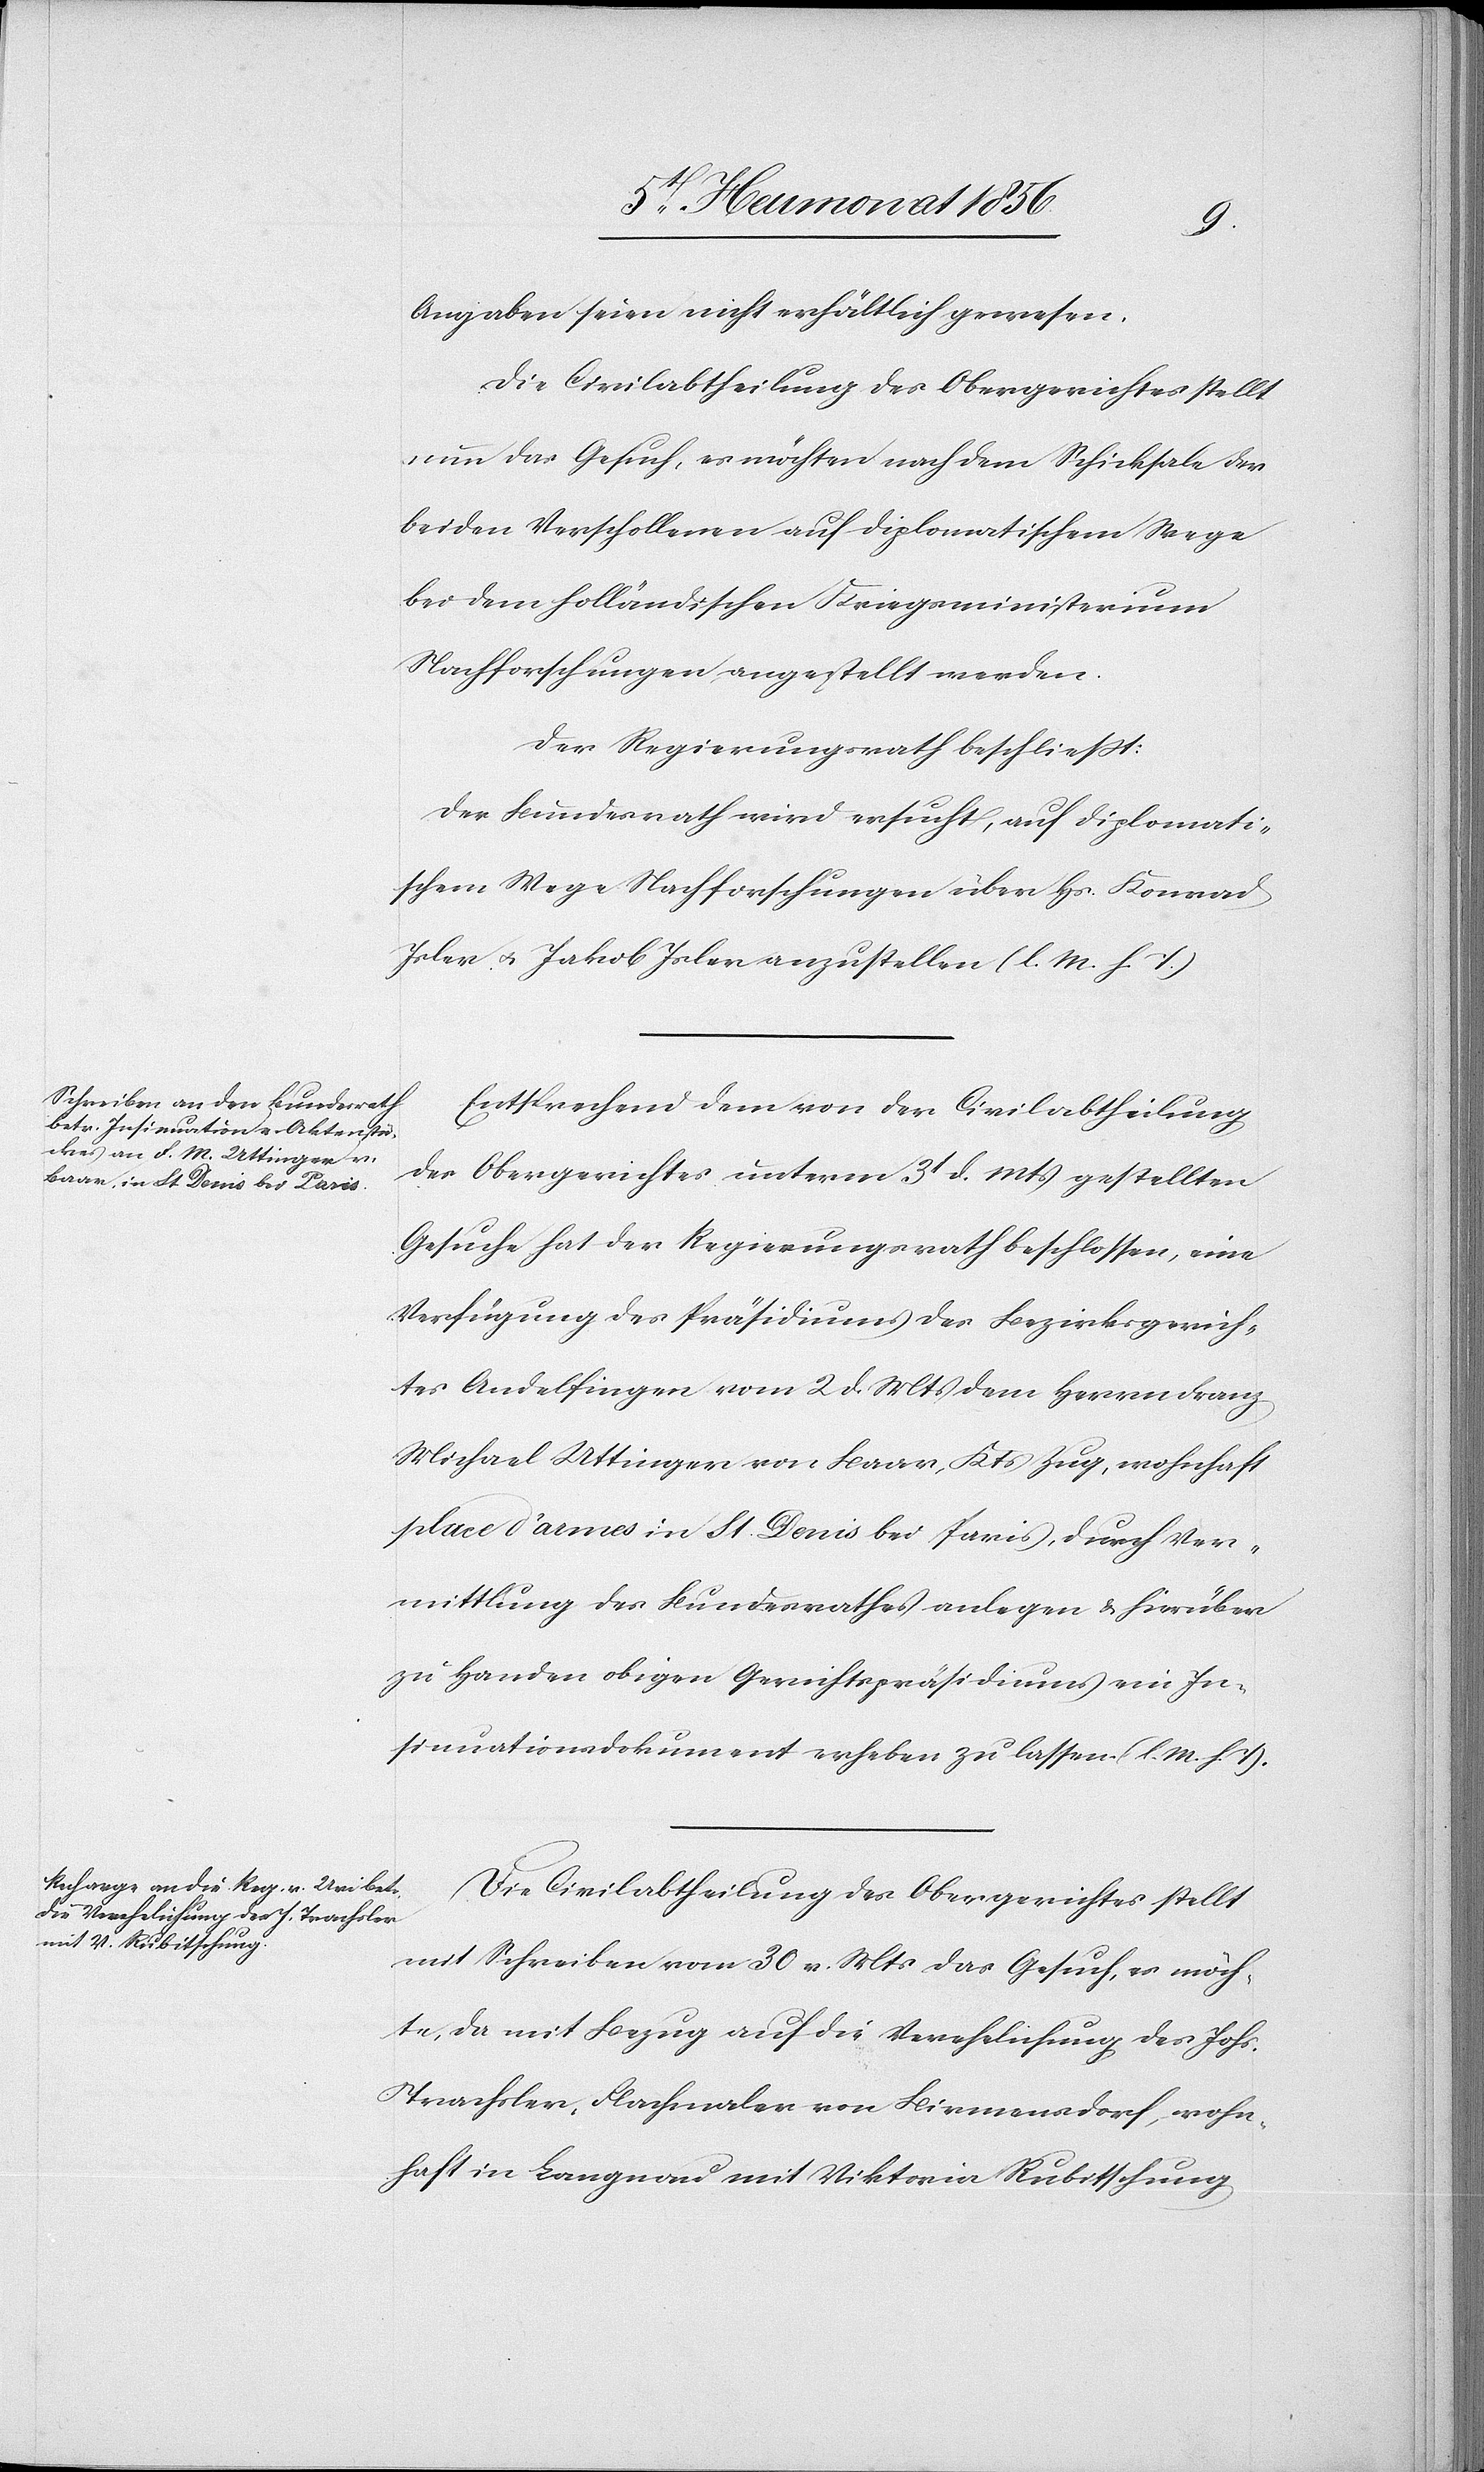
Angaben seien nicht erhältlich gewesen.
Die Civilabtheilung des Obergerichtes stellt
nun das Gesuch, es möchten nach dem Schicksale der
beiden Verschollenen auf diplomatischem Wege
bei dem holländischen Kriegsministerium
Nachforschungen angestellt werden.
Der Regierungsrath beschliesst:
Der Bundesrath wird ersucht, auf diplomati¬
schem Wege Nachforschungen über Hs. Konrad
Isler u. Jakob Isler anzustellen (l. M. h. T.)
Entsprechend dem von der Civilabtheilung
des Obergerichtes unterm 3t d. Mts gestellten
Gesuche hat der Regierungsrath beschlossen, eine
Verfügung des Präsidiums des Bezirksgerich¬
tes Andelfingen vom 2 d. Mts dem Herrn Franz
Michael Uttinger von Baar, Kts Zug, wohnhaft
place d'armes in St. Denis bei Paris, durch Ver¬
mittlung des Bundesrathes anlegen & hierüber
zu Handen obigen Gerichtspräsidiums ein In¬
sinuationsdokument erheben zu lassen. (l. M. h. T).
Die Civilabtheilung des Obergerichtes stellt
mit Schreiben vom 30 v. Mts das Gesuch, es möch¬
te, da mit Bezug auf die Verehelichung des Johs.
Trachsler, Flachmaler von Birmensdorf, wohn¬
haft in Langnau mit Viktoria Rubitschung